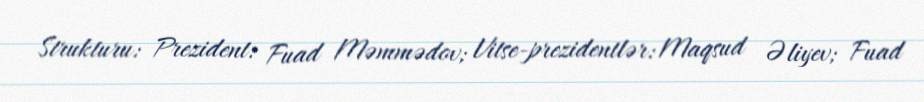
Strukturu: Prezident: Fuad Məmmədov; Vitse-prezidentlər: Maqsud Əliyev; Fuad